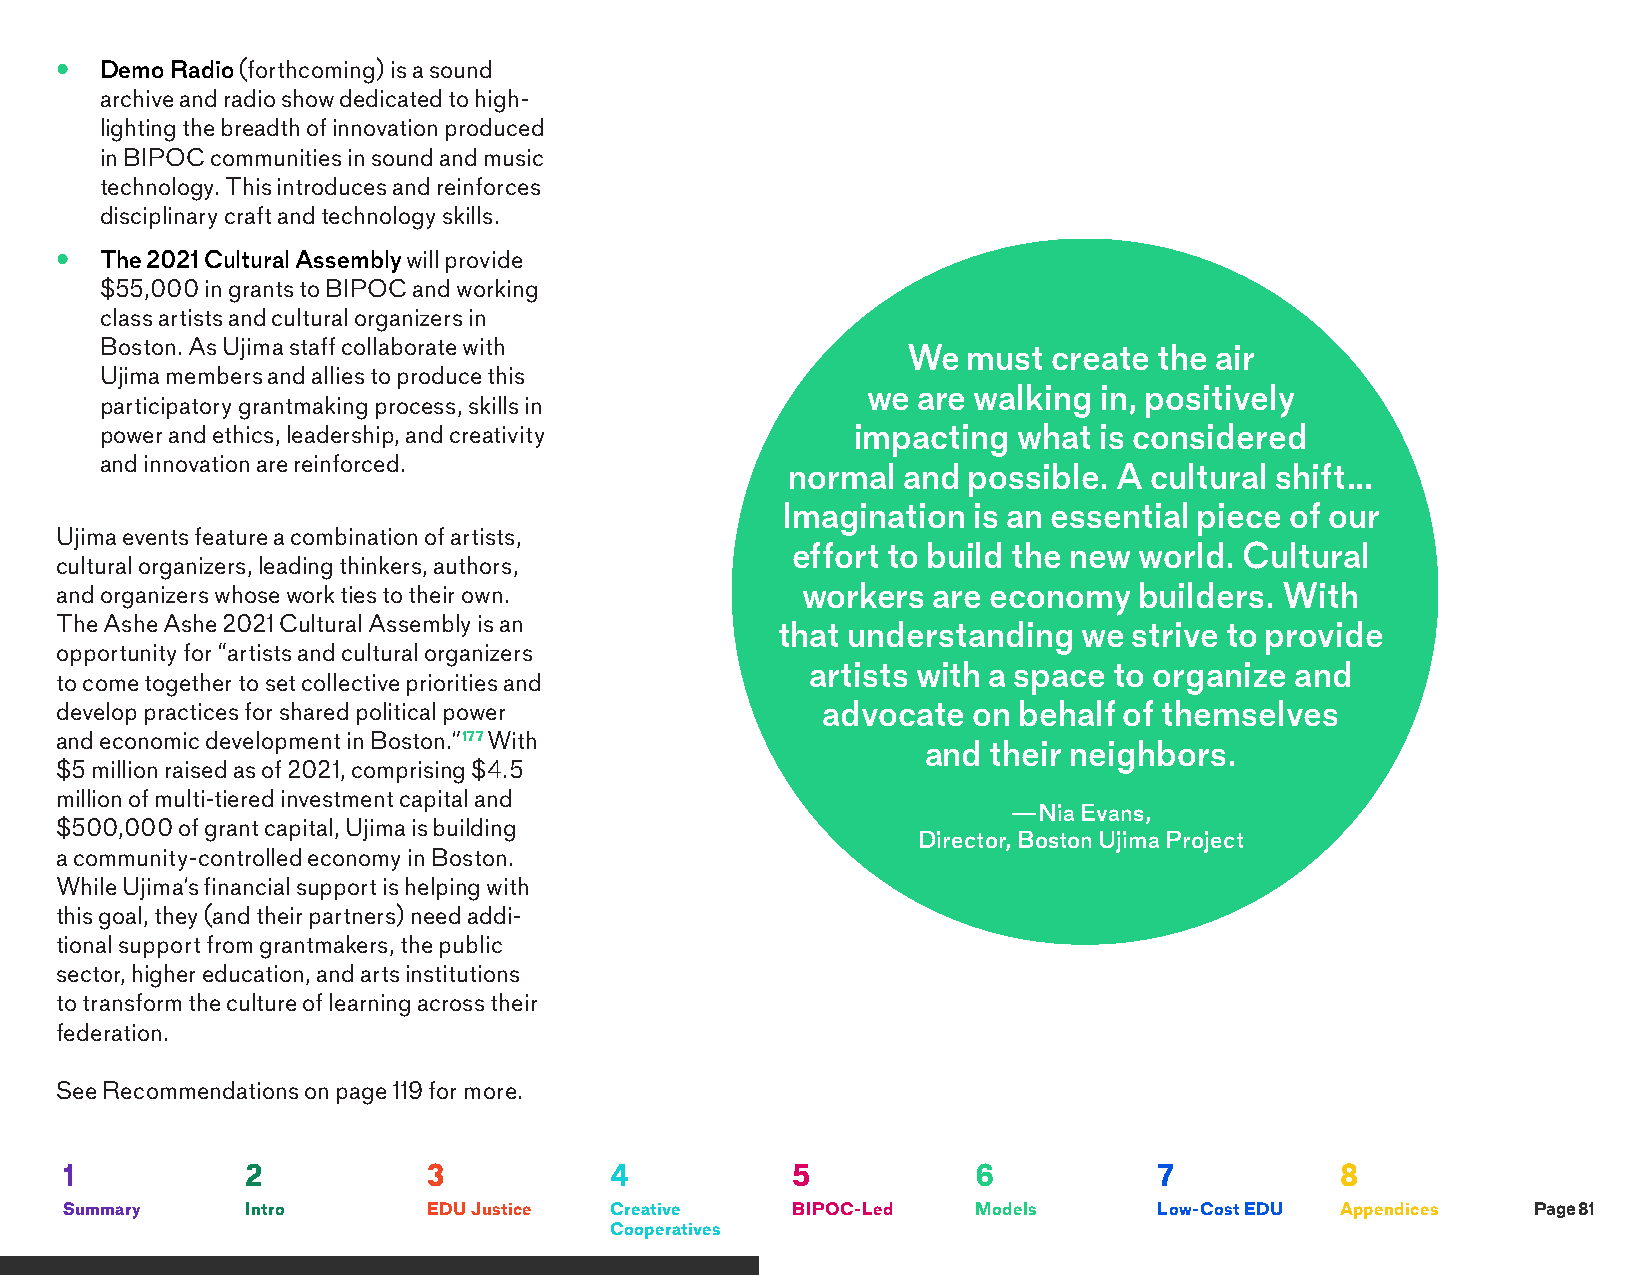
•  Demo Radio (forthcoming) is a sound
 archive and radio show dedicated to high-
 lighting the breadth of innovation produced
 in BIPOC communities in sound and music
 technology. This introduces and reinforces
 disciplinary craft and technology skills.
 •  The 2021 Cultural Assembly will provide
 $55,000 in grants to BIPOC and working
 class artists and cultural organizers in
 Boston. As Ujima staff collaborate with
 We  must  create the air
 Ujima members and allies to produce this
 we  are walking in, positively
 participatory grantmaking process, skills in
 power and ethics, leadership, and creativity      impacting what  is considered
 and innovation are reinforced.
 normal  and possible. A cultural shift…
 Imagination is an essential piece of our
 Ujima events feature a combination of artists,
 effort to build the new world. Cultural
 cultural organizers, leading thinkers, authors,
 and organizers whose work ties to their own.     workers  are economy  builders. With
 The Ashe Ashe 2021 Cultural Assembly is an
 that understanding   we strive to provide
 opportunity for “artists and cultural organizers
 artists with a space to organize and
 to come together to set collective priorities and
 develop practices for shared political power      advocate  on behalf of themselves
 and economic development in Boston.”177 With
 and their neighbors.
 $5 million raised as of 2021, comprising $4.5
 million of multi-tiered investment capital and
 —Nia Evans,
 $500,000 of grant capital, Ujima is building
 Director, Boston Ujima Project
 a community-controlled economy in Boston.
 While Ujima’s financial support is helping with
 this goal, they (and their partners) need addi-
 tional support from grantmakers, the public
 sector, higher education, and arts institutions
 to transform the culture of learning across their
 federation.
 See Recommendations on page 119 for more.
 1           2           3           4           5            6           7           8
 Summary     Intro       EDU Justice Creative    BIPOC-Led    Models      Low-Cost EDU Appendices Page 81
 Cooperatives